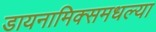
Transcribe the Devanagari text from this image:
डायनामिक्समधल्या